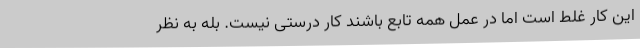
این کار غلط است اما در عمل همه تابع باشند کار درستی نیست. بله به نظر